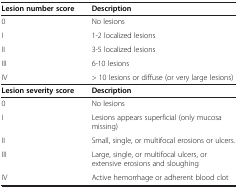
<table><thead><tr><td><b>Lesion number score</b></td><td><b>Description</b></td></tr></thead><tbody><tr><td>0</td><td>No lesions</td></tr><tr><td>I</td><td>1-2 localized lesions</td></tr><tr><td>II</td><td>3-5 localized lesions</td></tr><tr><td>III</td><td>6-10 lesions</td></tr><tr><td>IV</td><td>&gt; 10 lesions or diffuse (or very large lesions)</td></tr><tr><td><b>Lesion severity score</b></td><td><b>Description</b></td></tr><tr><td>0</td><td>No lesions</td></tr><tr><td>I</td><td>Lesions appears superficial (only mucosa missing)</td></tr><tr><td>II</td><td>Small, single, or multifocal erosions or ulcers.</td></tr><tr><td>III</td><td>Large, single, or multifocal ulcers, or extensive erosions and sloughing</td></tr><tr><td>IV</td><td>Active hemorrhage or adherent blood clot</td></tr></tbody></table>